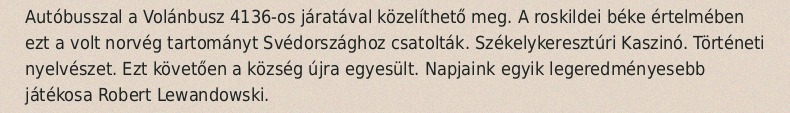
Autóbusszal a Volánbusz 4136-os járatával közelíthető meg. A roskildei béke értelmében ezt a volt norvég tartományt Svédországhoz csatolták. Székelykeresztúri Kaszinó. Történeti nyelvészet. Ezt követően a község újra egyesült. Napjaink egyik legeredményesebb játékosa Robert Lewandowski.